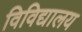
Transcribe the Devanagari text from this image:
विविद्यालय